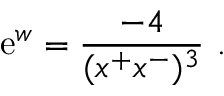
\mathrm { e } ^ { w } = { \frac { - 4 } { ( x ^ { + } x ^ { - } ) ^ { 3 } } } \ .